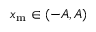
x _ { \mathrm { m } } \in ( - A , A )